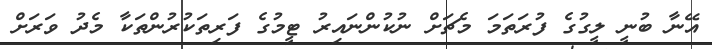
އޭނާ ބުނީ ލީގުގެ ފުރަތަމަ މެޗަށް ނުކުންނައިރު ޓީމުގެ ފަރިތަކުރުންތަކާ މެދު ވަރަށް